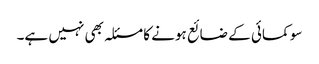
سو کمائی کے ضائع ہونے کا مسئلہ بھی نہیں ہے۔